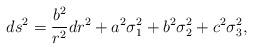
LaTeX: \begin{align*}ds^2 = {b^2 \over r^2} dr^2 + a^2 \sigma_1^2 + b^2 \sigma_2^2 + c^2\sigma_3^2,\end{align*}